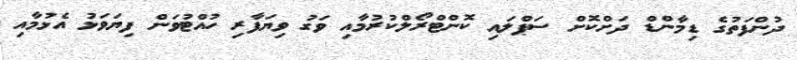
ދުންފަތުގެ ޑިމާންޑް ދަށްކޮށް ސަޕްލައި ކޮންޓްރޯލްކުރުމާއި ވަގު ވިޔަފާރި ހުއްޓުވަން ފިޔަވަޅު އެޅުމާއި